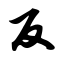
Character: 反